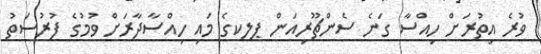
ވުރެ އިތުރަށް ހިއްސާ ގަނެ ސެންޗޫރިއަން ޕލކގެ މައި ހިއްސާދާރަށް ވުމުގެ ފުރުސަތު